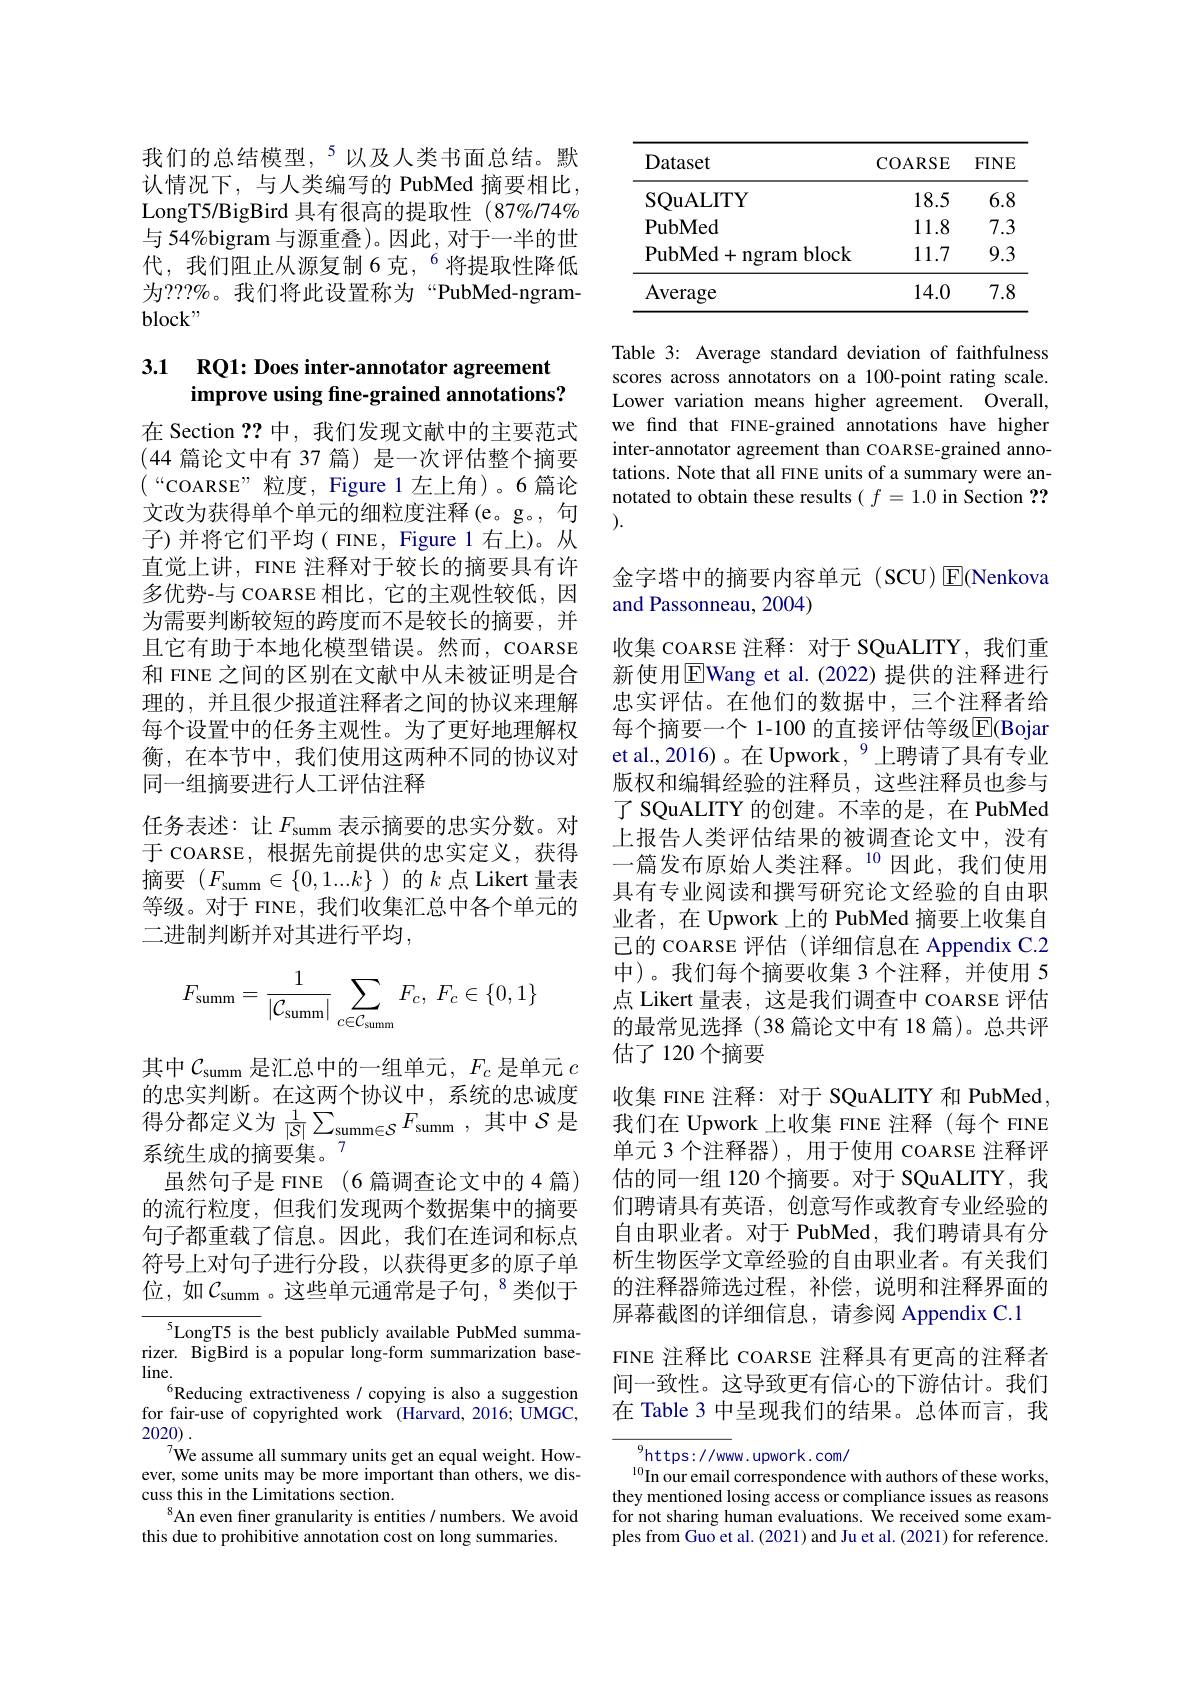
我们的总结模型，$^{5}$以及人类书面总结。默认情况下，与人类编写的 PubMed 摘要相比， LongT5/BigBird 具有很高的提取性 (87%/74% 与 54%bigram 与源重叠)。因此，对于一半的世代，我们阻止从源复制 6 克，$^{6}$将提取性降低为？??%。我们将此设置称为“PubMed-ngram- $block”$

## 3.1 RQ1: Does inter-annotator agreement improve using fine-grained annotations?

在 Section ??中，我们发现文献中的主要范式(44篇论文中有 37 篇) 是一次评估整个摘要$( “$COARSE” 粒 度 , Figure 1左上角)。6篇论文改为获得单个单元的细粒度注释(e。g。, 句子)并将它们平均( FINE, Figure 1 右上)。从直觉上讲，FINE 注释对于较长的摘要具有许多优势-与 COARSE 相比，它的主观性较低，因为需要判断较短的跨度而不是较长的摘要，并且它有助于本地化模型错误。然而，COARSE 和 FINE 之间的区别在文献中从未被证明是合理的，并且很少报道注释者之间的协议来理解每个设置中的任务主观性。为了更好地理解权衡，在本节中，我们使用这两种不同的协议对同一组摘要进行人工评估注释
任务表述：让$F_\mathrm{summ}$ 表示摘要的忠实分数。对于 COARSE, 根据先前提供的忠实定义，获得摘要$(F_\mathrm{summ}\in\{0,1...k\}$ )的$k$点 Likert 量表等级。对于 FINE, 我们收集汇总中各个单元的二进制判断并对其进行平均，
$$F_{\mathrm{summ}}=\frac{1}{|\mathcal{C}_{\mathrm{summ}}|}\sum_{c\in\mathcal{C}_{\mathrm{summ}}}F_{c},\:F_{c}\in\{0,1\}$$
其中$\mathcal{C}_\mathrm{summ}$是汇总中的一组单元，$F_c$是单元$c$ 的忠实判断。在这两个协议中，系统的忠诚度得分都定义为$\frac1{|S|}\sum_{\mathrm{summ}\in\mathcal{S}}F_{\mathrm{summ}}$,其中$\mathcal{S}$是系统生成的摘要集。$^{7}$
虽然句子是 FINE (6 篇调查论文中的 4 篇) 的流行粒度，但我们发现两个数据集中的摘要句子都重载了信息。因此，我们在连词和标点符号上对句子进行分段，以获得更多的原子单位，如$\mathcal{C}_\mathrm{summ}$。这些单元通常是子句，$^{8}$类似于

${^{5}\mathrm{LongT5~is~the~best~publicly~available~PubMed~summa-}}$ rizer. BigBird is a popular long-form summarization base- $line.$
$^{6}$Reducing extractiveness / copying is also a suggestion for fair-use of copyrighted work (Harvard, 2016; UMGC, 2020) .
$^{7}$We assume all summary units get an equal weight. However, some units may be more important than others, we discuss this in the Limitations section.
$^{8}$An even finer granularity is entities/ numbers. We avoid
this due to prohibitive annotation cost on long summaries.

<table>
	<tbody>
		<tr>
			<th>Dataset</th>
			<th>COARSE</th>
			<th>$FINE$</th>
		</tr>
		<tr>
			<td>SQuALITY</td>
			<td>18.5</td>
			<td>6.8</td>
		</tr>
		<tr>
			<td>$\mathbf{PubMed}$</td>
			<td>11.8</td>
			<td>7.3</td>
		</tr>
		<tr>
			<td>${\mathrm{PubMed}}+{\mathrm{ngram}}{\mathrm{blo}}$</td>
			<td>$ck$ 11.7</td>
			<td>9.3</td>
		</tr>
		<tr>
			<td>Average</td>
			<td>14.0</td>
			<td>7.8</td>
		</tr>
	</tbody>
</table>

Table 3: Average standard deviation of faithfulness scores across annotators on a 100-point rating scale Lower variation means higher agreement. Õverall, we find that FINE-grained annotations have higher inter-annotator agreement than COARSE-grained annotations. Note that all FINE units of a summary were annotated to obtain these results $(f=1.0$ in Section ?? ).

金字塔中的摘要内容单元(SCU)E(Nenkova
and Passonneau, 2004)

收集 COARSE 注释：对于 SQuALITY,我们重新使用$\overline{\mathrm{E}}$Wang et al.(2022)提供的注释进行忠实评估。在他们的数据中，三个注释者给每个摘要一个 1-100 的直接评估等级$\overline{\mathrm{E}}($Bojar et al., 2016)。在 Upwork, $^{9}$上聘请了具有专业版权和编辑经验的注释员，这些注释员也参与了 SQuALITY 的创建。不幸的是，在 PubMed 上报告人类评估结果的被调查论文中，没有一篇发布原始人类注释。$^{10}$因此，我们使用具有专业阅读和撰写研究论文经验的自由职业者，在 Upwork 上的 PubMed 摘要上收集自已的 COARSE 评估 (详细信息在 Appendix C.2中)。我们每个摘要收集 3 个注释，并使用 5点 Likert 量表，这是我们调查中 COARSE 评估的最常见选择 (38 篇论文中有 18 篇)。总共评估了120个摘要
收集 FINE 注释：对于 SQuALITY 和 PubMed, 我们在 Upwork 上收集 FINE 注释 (每个 FINE 单元 3 个注释器), 用于使用 COARSE 注释评估的同一组 120 个摘要。对于 SQuALITY, 我们聘请具有英语，创意写作或教育专业经验的自由职业者。对于 PubMed, 我们聘请具有分析生物医学文章经验的自由职业者。有关我们的注释器筛选过程，补偿，说明和注释界面的屏幕截图的详细信息，请参阅 Appendix C.1
FINE 注释比 COARSE 注释具有更高的注释者间一致性。这导致更有信心的下游估计。我们在 Table 3 中呈现我们的结果。总体而言，我

$^{9}$https://www.upwork.com/
$^{10}$In our email correspondence with authors of these works, they mentioned losing access or compliance issues as reasons for not sharing human evaluations. We received some examples from Guo et al. (2021) and Ju et al. (2021) for reference.